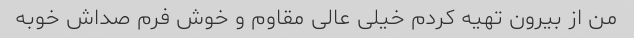
من از بیرون تهیه کردم خیلی عالی مقاوم و خوش فرم صداش خوبه